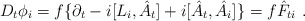
\begin{align*}D_t\phi_i=f\{ \partial_t -i[L_i,\hat A _t]+i[\hat A_t,\hat A_i]\}=f\hat F_{ti}\ .\end{align*}